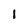
Character: l